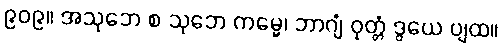
၉၀၉။ အသုဘေ စ သုဘေ ကမ္မေ၊ ဘာဂျံ ဝုတ္တံ ဒွယေ ပျထ။